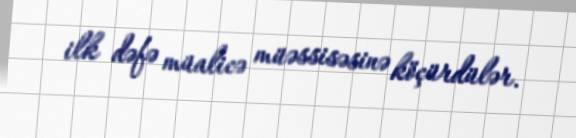
ilk dəfə müalicə müəssisəsinə köçürdülər.